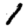
Digit: 1